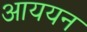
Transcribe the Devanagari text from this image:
आययन